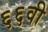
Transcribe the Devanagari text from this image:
६६वी